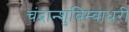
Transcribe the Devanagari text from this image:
चंद्रान्शुबिम्बाधरी